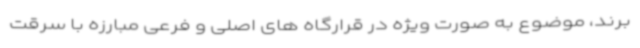
برند، موضوع به صورت ویژه در قرارگاه های اصلی و فرعی مبارزه با سرقت